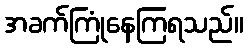
အခက်ကြုံနေကြရသည်။